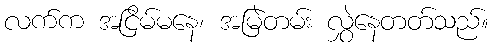
လက်က အငြိမ်မနေ၊ အမြဲတမ်း လွှဲနေတတ်သည်။